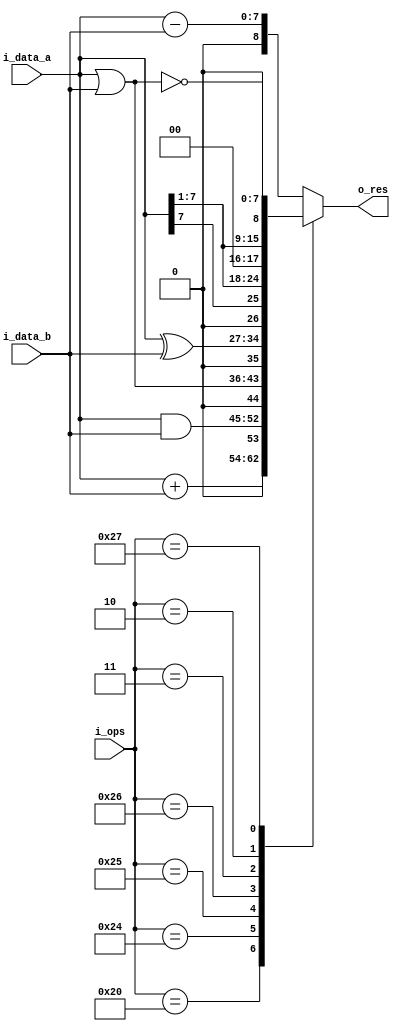
`timescale 1ns / 1ps

module alu
    #(
        parameter NB_DATA = 8,
        parameter NB_OPS = 6
    )
    (
        input signed [NB_DATA-1 : 0] i_data_a,
        input signed [NB_DATA-1 : 0] i_data_b,
        input [NB_OPS-1 : 0] i_ops,
        output signed [NB_DATA : 0] o_res
    );
    
    reg [NB_DATA-1 : 0] data_a_un;
    reg [NB_DATA-1 : 0] data_b_un;
    reg signed [NB_DATA-1 : 0] res;
    reg carry;
   
    always @(*)
    begin
        case(i_ops)
            6'b100000:
                {carry,res} = data_a_un + data_b_un;
            6'b100010:
                {carry,res} = {1'b0 , i_data_a - i_data_b};
            6'b100100:
                {carry,res} = {1'b0 , i_data_a & i_data_b};
            6'b100101:
                {carry,res} = {1'b0 , i_data_a | i_data_b};
            6'b100110:
                {carry,res} = {1'b0 , i_data_a ^ i_data_b};
            6'b000011:
                {carry,res} = {1'b0 , i_data_a >>> 1};
            6'b000010:
                {carry,res} = {1'b0 , i_data_a >> 1};
            6'b100111:        
                {carry,res} = {1'b0 , ~(i_data_a | i_data_b)};
            default:
                {carry,res} = {1'b0 , i_data_a - i_data_b};
        endcase
    end
    
    always @(*)
    begin
        data_a_un = i_data_a;
        data_b_un = i_data_b;        
    end
    

    assign o_res = {carry,res};
endmodule